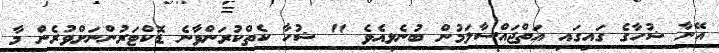
އޭނާ ޝުހާގެ ގައިގައި އަތްޖައްސާލަމުން ބުނެލިއެވެ " ޝުހާ ކެތްކުރަންވާނެ ޑޮކްޓަރުންނަށްވުރެން މާ